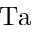
\mathrm { T a }